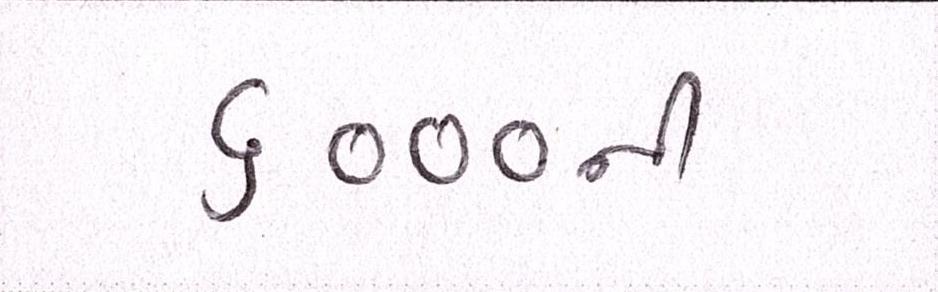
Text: ૬૦૦૦ની